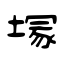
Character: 塜